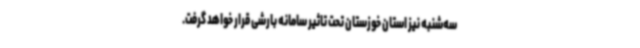
سه‌شنبه نیز استان خوزستان تحت تاثیر سامانه بارشی قرار خواهد گرفت.